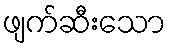
ဖျက်ဆီးသော